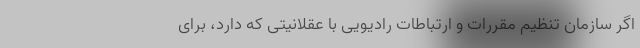
اگر سازمان تنظیم مقررات و ارتباطات رادیویی با عقلانیتی که دارد، برای